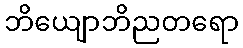
ဘိယျောဘိညတရော